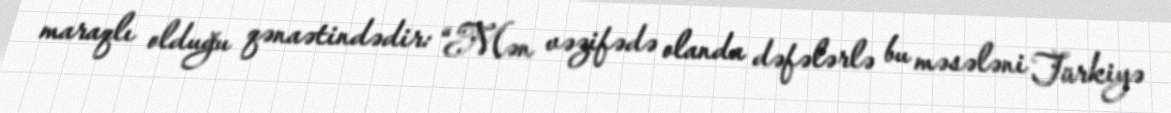
maraqlı olduğu qənaətindədir: “Mən vəzifədə olanda dəfələrlə bu məsələni Türkiyə